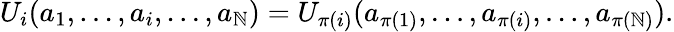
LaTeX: U_{i}(a_{1},\ldots,a_{i},\ldots,a_{\mathbb{N}})=U_{\pi(i)}(a_{\pi(1)},\ldots,a_{\pi(i)},\ldots,a_{\pi(\mathbb{N})}).